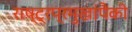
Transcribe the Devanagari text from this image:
राष्ट्रप्रमुखांपैकी